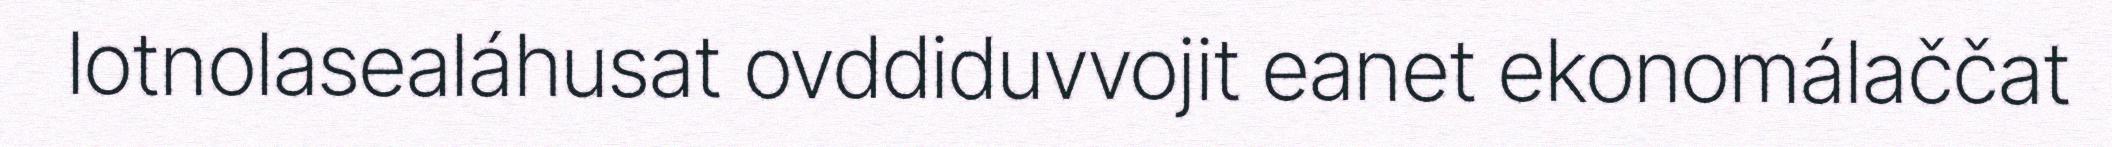
lotnolasealáhusat ovddiduvvojit eanet ekonomálaččat